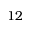
1 2